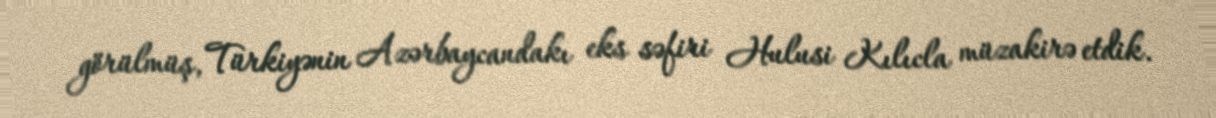
görülmüş, Türkiyənin Azərbaycandakı eks səfiri Hulusi Kılıcla müzakirə etdik.